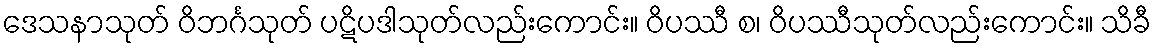
ဒေသနာသုတ် ဝိဘင်္ဂသုတ် ပဋိပဒါသုတ်လည်းကောင်း။ ဝိပဿီ စ၊ ဝိပဿီသုတ်လည်းကောင်း။ သိခီ